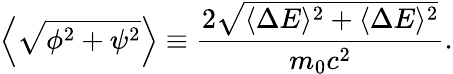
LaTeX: \left\langle\sqrt{\phi^{2}+\psi^{2}}\right\rangle\equiv\frac{2\sqrt{\langle\Delta E\rangle^{2}+\langle\Delta E\rangle^{2}}}{m_{0}c^{2}}.